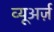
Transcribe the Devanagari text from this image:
व्यूअर्ज़